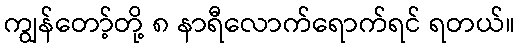
ကျွန်တော့်တို့ ၈ နာရီလောက်ရောက်ရင် ရတယ်။